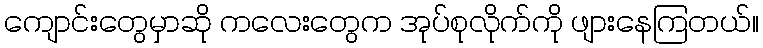
ကျောင်းတွေမှာဆို ကလေးတွေက အုပ်စုလိုက်ကို ဖျားနေကြတယ်။